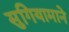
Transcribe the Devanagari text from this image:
सुगियामाने